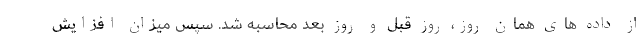
از داده های همان روز، روز قبل و روز بعد محاسبه شد. سپس میزان افزایش